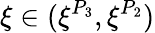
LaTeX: \xi\in(\xi^{P_{3}},\xi^{P_{2}})